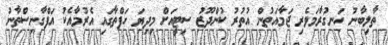
ތާލިބާނު ހަނގުރާމަވެރި ޖަމާއަތުން އުތުރު ކުންދޫޒު ސިޓީއަށް މިދިޔަ ހަފްތާގައި އެރުމާއެކު އަފްގާނިސްތާނު